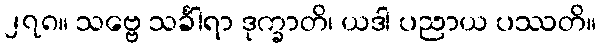
၂၇၈။ သဗ္ဗေ သင်္ခါရာ ဒုက္ခာတိ၊ ယဒါ ပညာယ ပဿတိ။